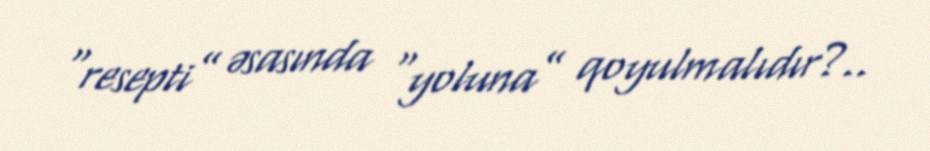
“resepti” əsasında “yoluna” qoyulmalıdır?..